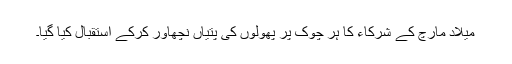
میلاد مارچ کے شرکاء کا ہر چوک پر پھولوں کی پتیاں نچھاور کرکے استقبال کیا گیا۔